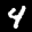
Label: 4